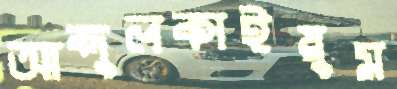
আব্দুলকাইয়ুম